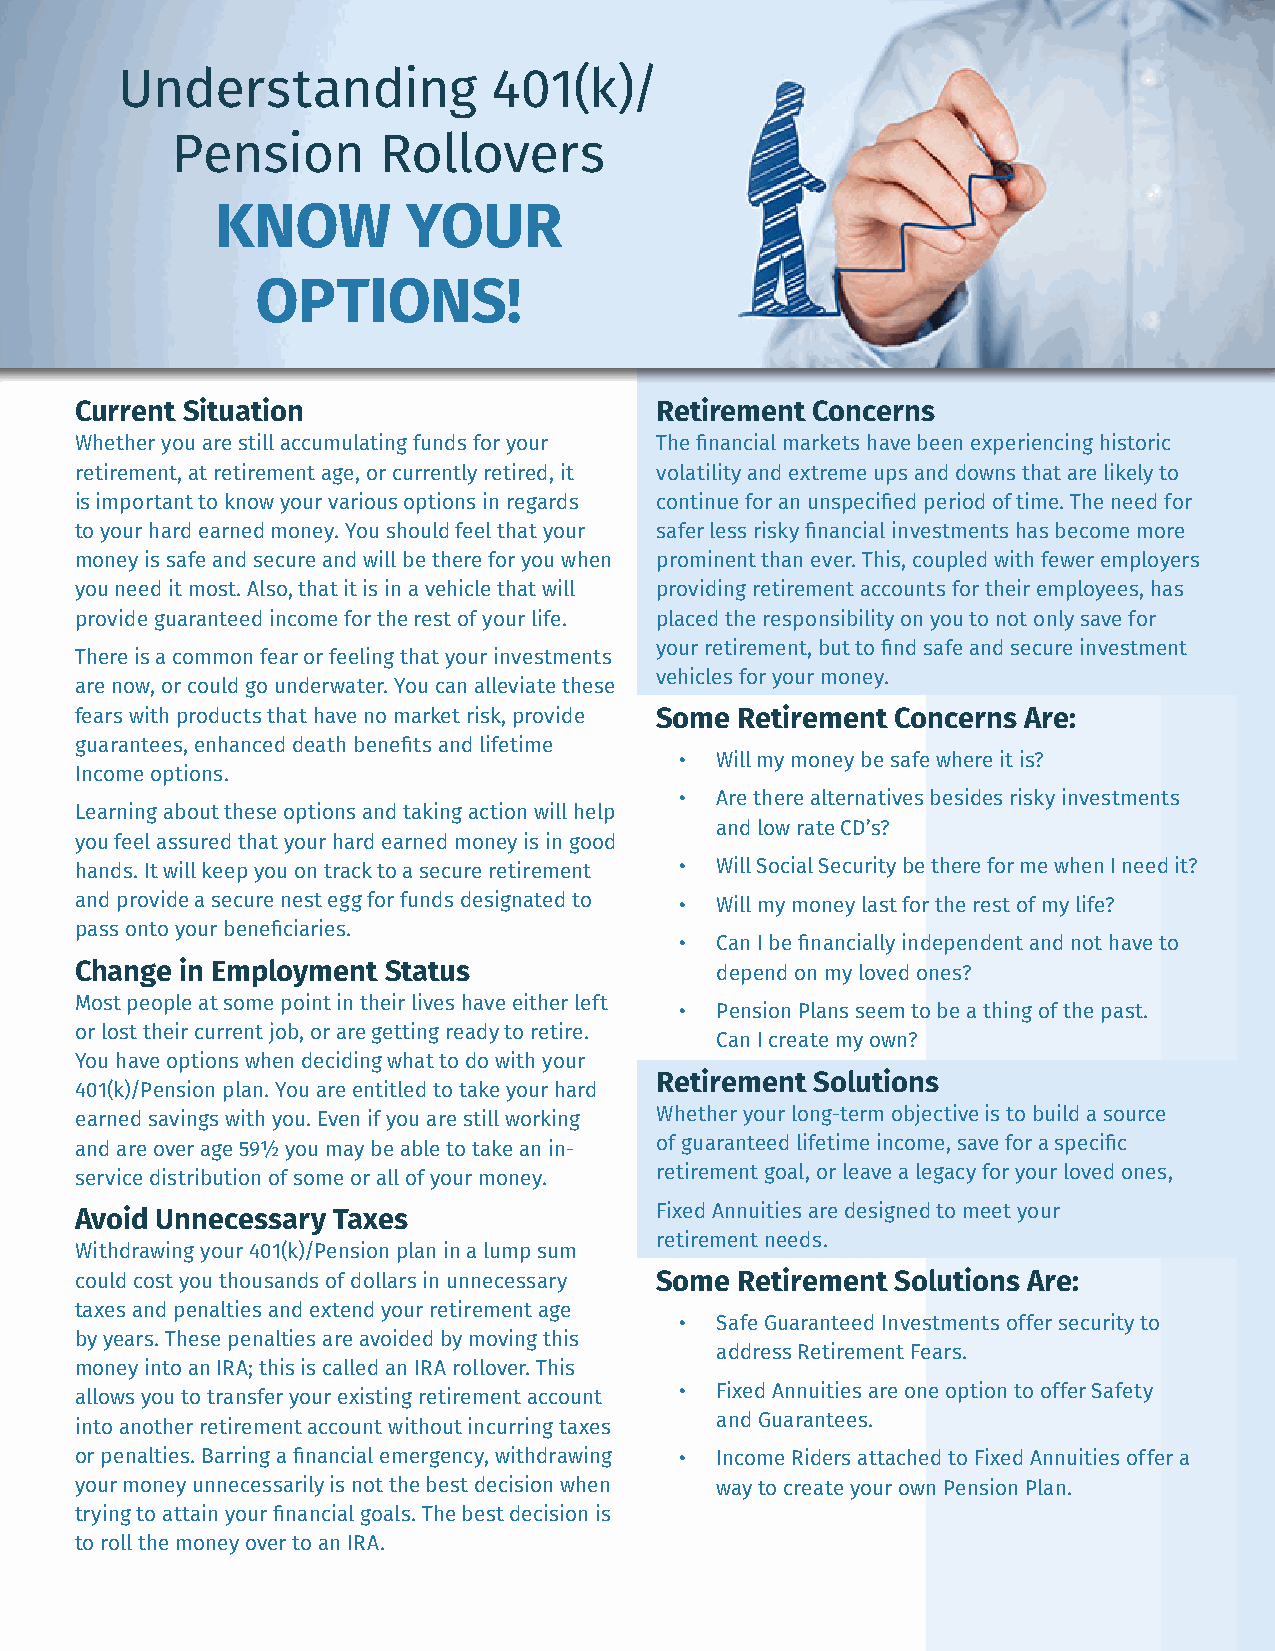
Understanding            401(k)/
 Pension       Rollovers
 KNOW         YOUR
 OPTIONS!
 Current Situation                     Retirement Concerns
 Whether you are still accumulating funds for your The financial markets have been experiencing historic
 retirement, at retirement age, or currently retired, it volatility and extreme ups and downs that are likely to
 is important to know your various options in regards continue for an unspecified period of time. The need for
 to your hard earned money. You should feel that your safer less risky financial investments has become more
 money is safe and secure and will be there for you when prominent than ever. This, coupled with fewer employers
 you need it most. Also, that it is in a vehicle that will providing retirement accounts for their employees, has
 provide guaranteed income for the rest of your life. placed the responsibility on you to not only save for
 your retirement, but to find safe and secure investment
 There is a common fear or feeling that your investments
 vehicles for your money.
 are now, or could go underwater. You can alleviate these
 fears with products that have no market risk, provide Some Retirement Concerns Are:
 guarantees, enhanced death benefits and lifetime
 • Will my money be safe where it is?
 Income options.
 • Are there alternatives besides risky investments
 Learning about these options and taking action will help
 and low rate CD’s?
 you feel assured that your hard earned money is in good
 hands. It will keep you on track to a secure retirement • Will Social Security be there for me when I need it?
 and provide a secure nest egg for funds designated to • Will my money last for the rest of my life?
 pass onto your beneficiaries.
 • Can I be financially independent and not have to
 Change in Employment Status               depend on my loved ones?
 Most people at some point in their lives have either left
 • Pension Plans seem to be a thing of the past.
 or lost their current job, or are getting ready to retire.
 Can I create my own?
 You have options when deciding what to do with your
 Retirement Solutions
 401(k)/Pension plan. You are entitled to take your hard
 earned savings with you. Even if you are still working Whether your long-term objective is to build a source
 and are over age 59½ you may be able to take an in- of guaranteed lifetime income, save for a specific
 service distribution of some or all of your money. retirement goal, or leave a legacy for your loved ones,
 Avoid Unnecessary Taxes               Fixed Annuities are designed to meet your
 retirement needs.
 Withdrawing your 401(k)/Pension plan in a lump sum
 could cost you thousands of dollars in unnecessary Some Retirement Solutions Are:
 taxes and penalties and extend your retirement age
 • Safe Guaranteed Investments offer security to
 by years. These penalties are avoided by moving this
 address Retirement Fears.
 money into an IRA; this is called an IRA rollover. This
 • Fixed Annuities are one option to offer Safety
 allows you to transfer your existing retirement account
 and Guarantees.
 into another retirement account without incurring taxes
 or penalties. Barring a financial emergency, withdrawing • Income Riders attached to Fixed Annuities offer a
 your money unnecessarily is not the best decision when way to create your own Pension Plan.
 trying to attain your financial goals. The best decision is
 to roll the money over to an IRA.